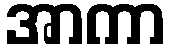
အာကာ